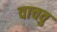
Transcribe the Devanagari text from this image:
वाचवु